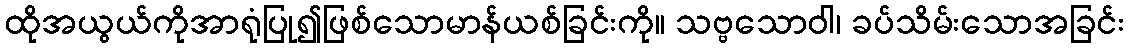
ထိုအယွယ်ကိုအာရုံပြု၍ဖြစ်သောမာန်ယစ်ခြင်းကို။ သဗ္ဗသောဝါ၊ ခပ်သိမ်းသောအခြင်း